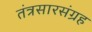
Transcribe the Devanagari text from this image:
तंत्रसारसंग्रह